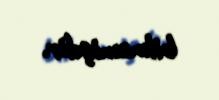
bilməmişdir.